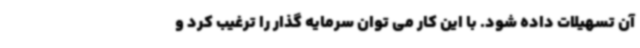
آن تسهیلات داده شود. با این کار می توان سرمایه گذار را ترغیب کرد و